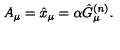
A _ { \mu } = \hat { x } _ { \mu } = \alpha \hat { G } _ { \mu } ^ { ( n ) } .